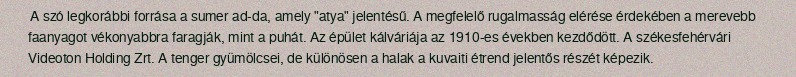
A szó legkorábbi forrása a sumer ad-da, amely "atya" jelentésű. A megfelelő rugalmasság elérése érdekében a merevebb faanyagot vékonyabbra faragják, mint a puhát. Az épület kálváriája az 1910-es években kezdődött. A székesfehérvári Videoton Holding Zrt. A tenger gyümölcsei, de különösen a halak a kuvaiti étrend jelentős részét képezik.